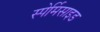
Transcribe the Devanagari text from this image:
स्पेर्मिसाइड